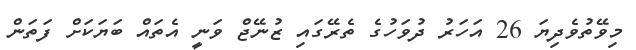
މިވޭތުވެދިޔަ 26 އަހަރު ދުވަހުގެ ތެރޭގައި ޒުނޭޖް ވަނީ އެތައް ބަޔަކަށް ފަތަން